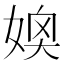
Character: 𪦂